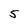
Character: 5